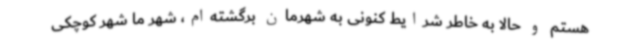
هستم و حالا به خاطر شرایط کنونی به شهرمان برگشته‌ام، شهر ما شهر کوچکی